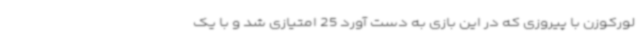
لورکوزن با پیروزی که در این بازی به دست آورد 25 امتیازی شد و با یک